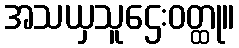
အသယှသူဌေးဝတ္ထု။